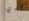
لدي